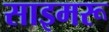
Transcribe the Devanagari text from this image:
साइमरू